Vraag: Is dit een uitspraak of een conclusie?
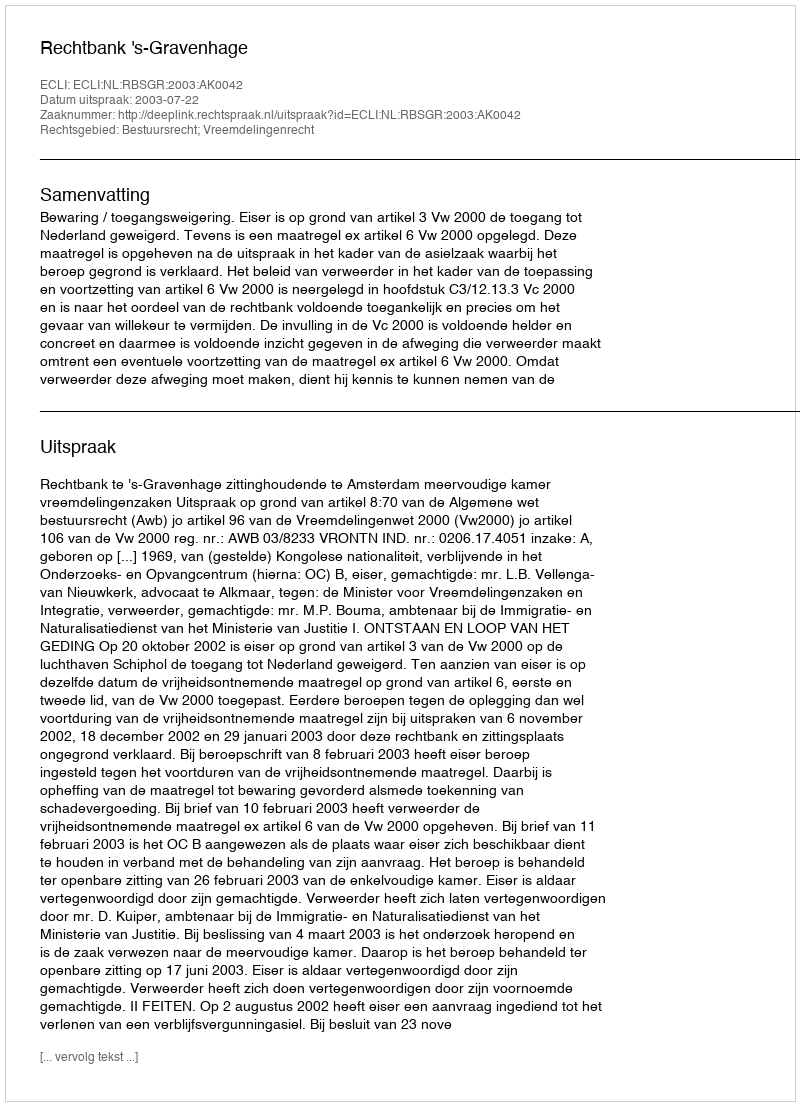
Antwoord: Uitspraak